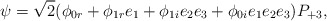
\begin{align*}\psi =\sqrt{2}(\phi _{0r}+\phi _{1r}e_{1}+\phi _{1i}e_{2}e_{3}+\phi_{0i}e_{1}e_{2}e_{3})P_{+3}, \end{align*}